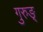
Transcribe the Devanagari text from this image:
गुरुङ्